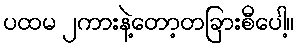
ပထမ ၂ကားနဲ့တော့တခြားစီပေါ့။